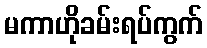
မကာဟိုခမ်းရပ်ကွက်